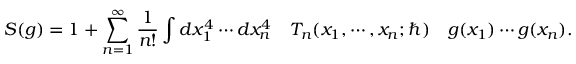
S ( g ) = 1 + \sum _ { n = 1 } ^ { \infty } \frac { 1 } { n ! } \int d x _ { 1 } ^ { 4 } \cdots d x _ { n } ^ { 4 } \quad T _ { n } ( x _ { 1 } , \cdots , x _ { n } ; \hbar ) \quad g ( x _ { 1 } ) \cdots g ( x _ { n } ) .